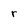
Character: r